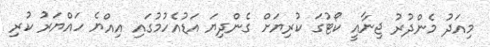
މިއަދު މެންދުރު ޖިނާއީ ކޯޓުގަ ކުރިޔަށް ގެންދިޔަ އަޑުއެހުމުގައި އިއްޔެ ހައްޔަރު ކުރި